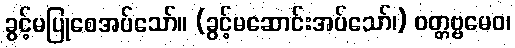
ခွင့်မပြုစေအပ်သော်။ (ခွင့်မဆောင်းအပ်သော်၊) ဝတ္တဗ္ဗမေဝ၊